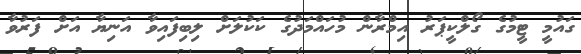
ގައުމީ ޓީމުގެ ގޯލްކީޕަރު އިމްރާން މުހައްމަދުގެ ކަކުލަށް ލިބިފައިވާ އަނިޔާ އަށް ފަރުވާ